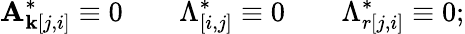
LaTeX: \mathbf{A}_{\mathbf{k}[j,i]}^{*}\equiv0\qquad\Lambda_{[i,j]}^{*}\equiv0\qquad\Lambda_{r[j,i]}^{*}\equiv0;